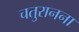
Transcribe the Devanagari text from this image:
चतुरानना